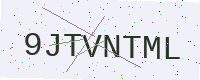
Text: 9JTVNTML